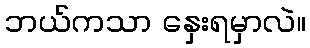
ဘယ်ကသာ နှေးရမှာလဲ။